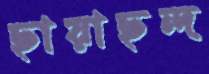
ছায়াছন্দ